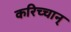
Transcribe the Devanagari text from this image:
करिच्चान्‌